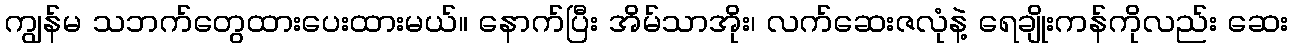
ကျွန်မ သဘက်တွေထားပေးထားမယ်။ နောက်ပြီး အိမ်သာအိုး၊ လက်ဆေးဇလုံနဲ့ ရေချိုးကန်ကိုလည်း ဆေး